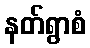
နတ်ရွာစံ